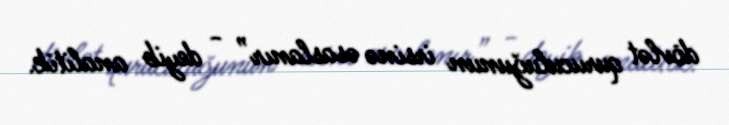
dövlət quruculuğunun irsinə əsaslanır” - deyib analitik.